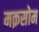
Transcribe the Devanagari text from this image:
मक़सोम